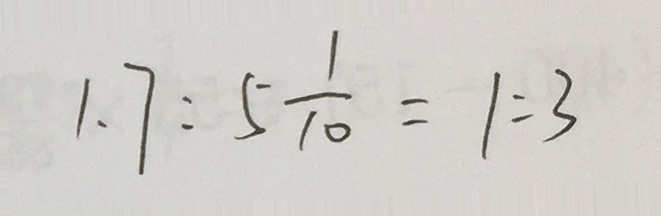
1 . 7 : 5 \frac { 1 } { 1 0 } = 1 : 3